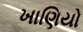
ખાણિયો